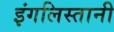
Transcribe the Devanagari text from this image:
इंगलिस्तानी